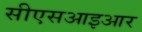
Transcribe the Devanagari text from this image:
सीएसआइआर